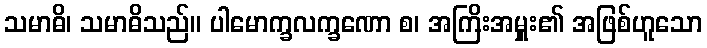
သမာဓိ၊ သမာဓိသည်။ ပါမောက္ခလက္ခဏော စ၊ အကြိးအမှူး၏ အဖြစ်ဟူသော